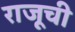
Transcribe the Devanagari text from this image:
राजूची